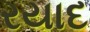
રયાદ